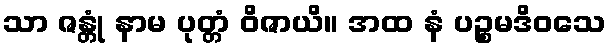
သာ ဇန္တုံ နာမ ပုတ္တံ ဝိဇာယိ။ အထ နံ ပဉ္စမဒိဝသေ